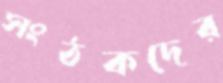
সংঠকদের